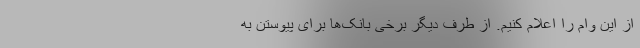
از این وام را اعلام کنیم. از طرف دیگر برخی بانک‌ها برای پیوستن به